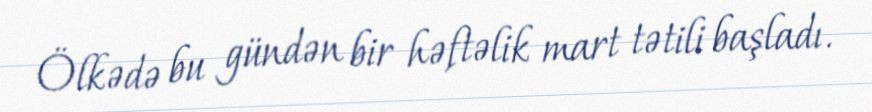
Ölkədə bu gündən bir həftəlik mart tətili başladı.